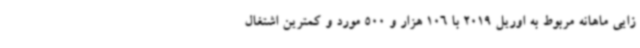
زایی ماهانه مربوط به اوریل 2019 با 106 هزار و 500 مورد و کمترین اشتغال